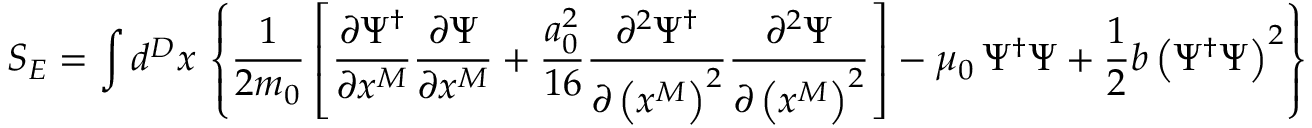
S _ { E } = \int d ^ { D } x \, \left\{ \frac { 1 } { 2 m _ { 0 } } \left[ \frac { \partial \Psi ^ { \dagger } } { \partial x ^ { M } } \frac { \partial \Psi } { \partial x ^ { M } } + \frac { a _ { 0 } ^ { 2 } } { 1 6 } \frac { \partial ^ { 2 } \Psi ^ { \dagger } } { \partial \left( x ^ { M } \right) ^ { 2 } } \frac { \partial ^ { 2 } \Psi } { \partial \left( x ^ { M } \right) ^ { 2 } } \right] - \mu _ { 0 } \, \Psi ^ { \dagger } \Psi + \frac { 1 } { 2 } b \left( \Psi ^ { \dagger } \Psi \right) ^ { 2 } \right\} \; .